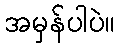
အမှန်ပါပဲ။